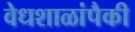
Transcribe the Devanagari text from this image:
वेधशाळांपैकी